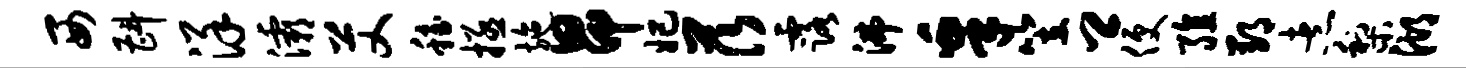
西斟详灞艾稳拯施昂妃茨露沸皋笠卿便殖郢煮梨湖